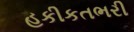
હકીકતભરી